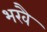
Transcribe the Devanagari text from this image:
भखै